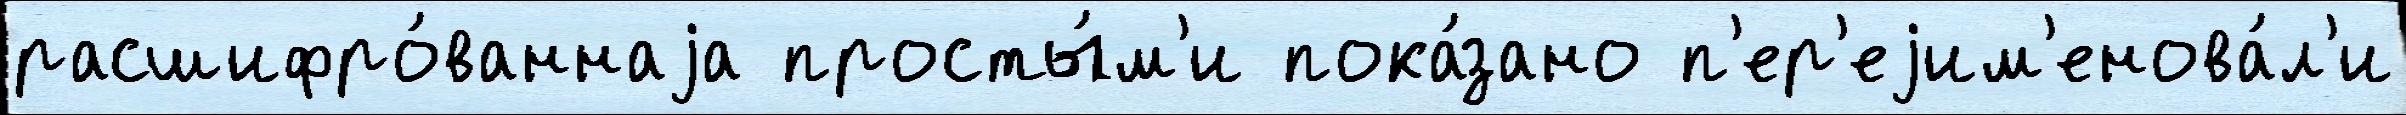
расшифро́ваннаjа просты́м'и пока́зано п'ер'еjим'енова́л'и